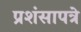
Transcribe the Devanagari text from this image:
प्रशंसापत्रे